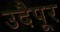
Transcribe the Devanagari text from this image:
उदैपूर